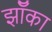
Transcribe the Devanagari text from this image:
झॉँका